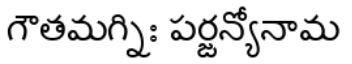
గౌతమగ్నిః పర్జన్యోనామ